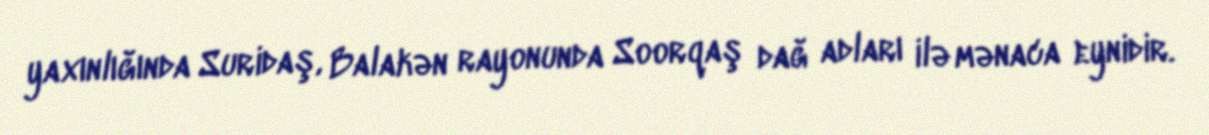
yaxınlığında Suridaş, Balakən rayonunda Soorqaş dağ adları ilə mənaca eynidir.